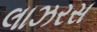
લાઝરસ